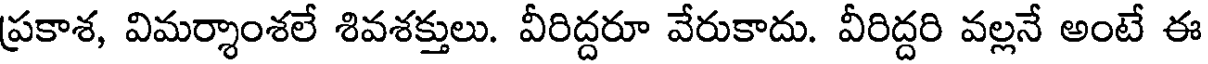
ప్రకాశ, విమర్శాంశలే శివశక్తులు. వీరిద్దరూ వేరుకాదు. వీరిద్దరి వల్లనే అంటే ఈ